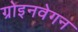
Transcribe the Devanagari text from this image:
ग्रोइनवेगन